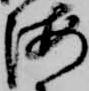
海